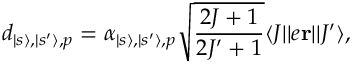
d _ { | s \rangle , | s ^ { \prime } \rangle , p } = \alpha _ { | s \rangle , | s ^ { \prime } \rangle , p } \sqrt { \frac { 2 J + 1 } { 2 J ^ { \prime } + 1 } } \langle J | | e \mathbf { r } | | J ^ { \prime } \rangle ,